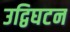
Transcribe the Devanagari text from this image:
उद्विघटन